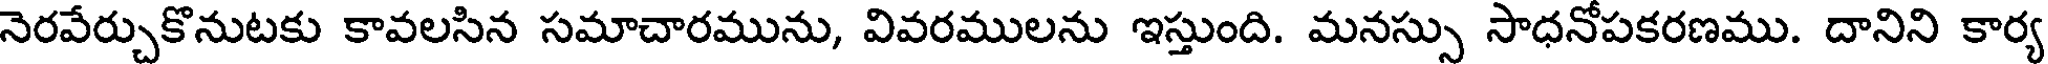
నెరవేర్చుకొనుటకు కావలసిన సమాచారమును, వివరములను ఇస్తుంది. మనస్సు సాధనోపకరణము. దానిని కార్య